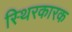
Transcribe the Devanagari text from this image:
स्थिरकारक